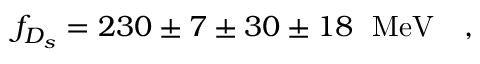
f _ { D _ { s } } = 2 3 0 \pm 7 \pm 3 0 \pm 1 8 ~ ~ \mathrm { M e V } ~ ~ ~ ,